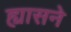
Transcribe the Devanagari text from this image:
ह्यासने